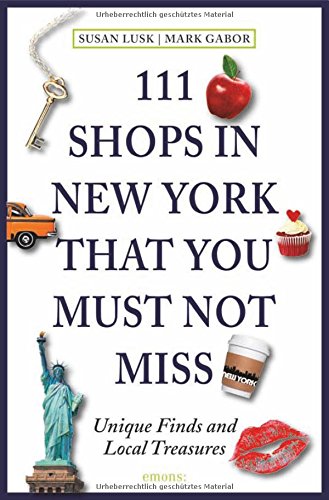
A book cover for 111 Shops in New York That You Must Not Miss: Unique Finds and Local Treasures; Susan Lusk; Travel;